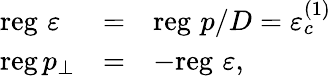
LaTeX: \begin{array}{lll}{{\mathrm{reg}\, \, \varepsilon}}&{{=}}&{{\mathrm{reg}\, \, p/D=\varepsilon_{c}^{(1)}}}\\ {{\mathrm{reg\, }p_{\perp}}}&{{=}}&{{-\mathrm{reg}\, \, \varepsilon,}}\end{array}